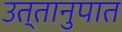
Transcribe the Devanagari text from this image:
उत्तानुपात